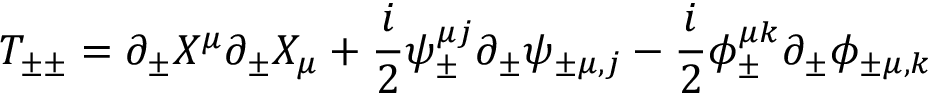
T _ { \pm \pm } = \partial _ { \pm } X ^ { \mu } \partial _ { \pm } X _ { \mu } + \frac { i } { 2 } \psi _ { \pm } ^ { \mu j } \partial _ { \pm } \psi _ { \pm \mu , j } - \frac { i } { 2 } \phi _ { \pm } ^ { \mu k } \partial _ { \pm } \phi _ { \pm \mu , k }